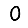
Digit: 0